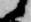
候